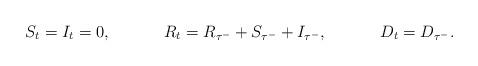
LaTeX: \begin{align*}&S_t = I_t = 0, & &R_t = R_{\tau^-} + S_{\tau^-} + I_{\tau^-}, & &D_t = D_{\tau^-}.\end{align*}